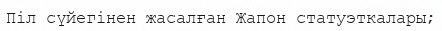
Піл сүйегінен жасалған Жапон статуэткалары;